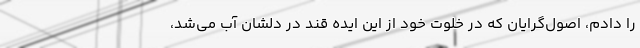
را دادم، اصول‌گرایان که در خلوت خود از این ایده قند در دلشان آب می‌شد،